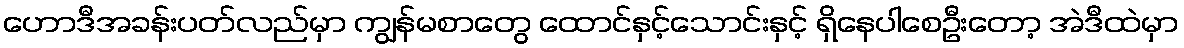
ဟောဒီအခန်းပတ်လည်မှာ ကျွန်မစာတွေ ထောင်နှင့်သောင်းနှင့် ရှိနေပါစေဦးတော့ အဲဒီထဲမှာ